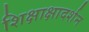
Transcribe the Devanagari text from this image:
शिक्षाक्षादर्शन